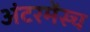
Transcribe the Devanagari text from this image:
अंटरमेंस्च